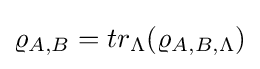
\varrho _{A,B}=tr_{\Lambda }(\varrho _{A,B,\Lambda })